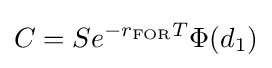
C=Se^{-r_{\mathrm {FOR} }T}\Phi (d_{1})